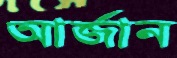
আর্জান